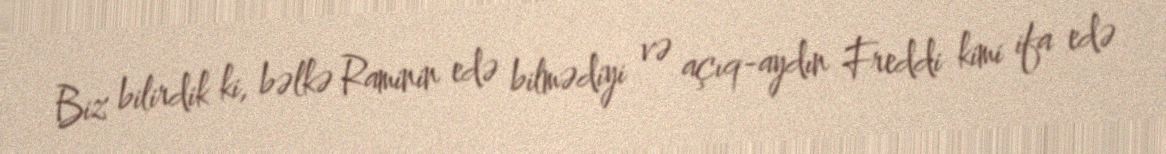
Biz bilirdik ki, bəlkə Raminin edə bilmədiyi və açıq-aydın Freddi kimi ifa edə